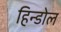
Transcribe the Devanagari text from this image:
हिन्डोल